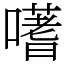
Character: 𭋦